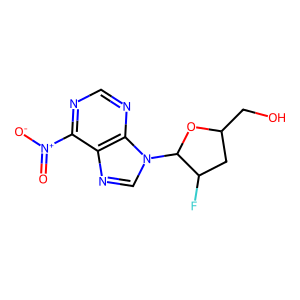
SMILES: O=[N+]([O-])c1ncnc2c1ncn2C1OC(CO)CC1F
Inhibits HIV replication: No